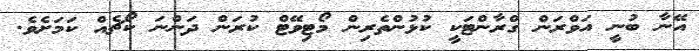
އޭނާ ބުނީ އަވްރަން ގްރާންޓަކީ ކުޅުންތެރިން މޯޓިވޭޓް ކުރަން ދަންނަ ކޯޗެއް ކަމަށެވެ.